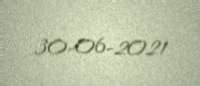
30-06-2021